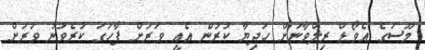
މޫސަގެ އެވޯޑް ރިލްވާނަށް ހަދިޔާ ކުރުން އެއީ ވަރަށް ފާހަގަ ކުރެވުނު ވަރަށް